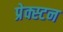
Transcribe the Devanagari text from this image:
प्रेक्स्टन